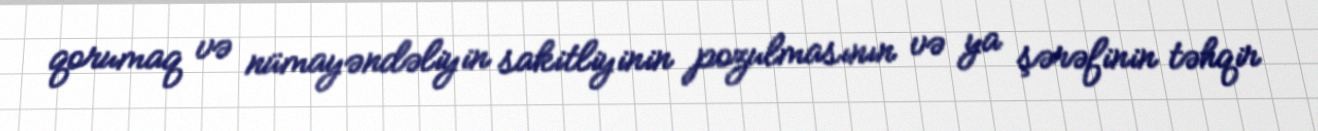
qorumaq və nümayəndəliyin sakitliyinin pozulmasının və ya şərəfinin təhqir